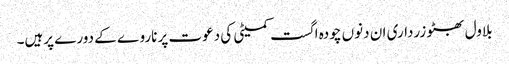
بلاول بھٹو زرداری ان دنوں چودہ اگست کمیٹی کی دعوت پر ناروے کے دورے پرہیں۔